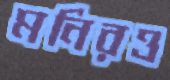
মনিরও